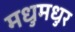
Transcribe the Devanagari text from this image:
मधुमधुर